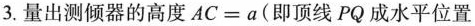
3.量出测倾器的高度AC=a(即顶线PQ成水平位置